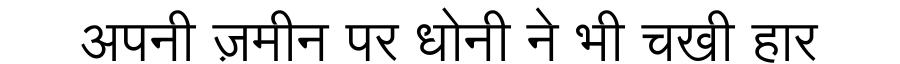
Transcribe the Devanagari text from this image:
अपनी ज़मीन पर धोनी ने भी चखी हार